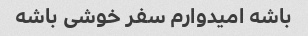
باشه امیدوارم سفر خوشی باشه